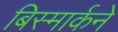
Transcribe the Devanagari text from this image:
बिस्मार्कने